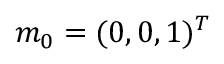
m _ { 0 } = ( 0 , 0 , 1 ) ^ { T }